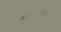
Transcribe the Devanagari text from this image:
सोप्पोर्तिंग